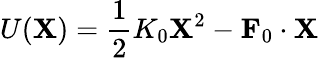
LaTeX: U(\mathbf{X})=\frac{1}{2}K_{0}\mathbf{X}^{2}-\mathbf{F}_{0}\cdot\mathbf{X}